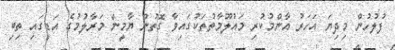
ފުލުހުން މިދިޔަ އަހަރު އާންމުކުރި މައުލޫމާތުތަކުގައިވާ ގޮތުން ޔާމީން މަރާލުމުގެ އަޑީގައި ތިބި